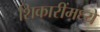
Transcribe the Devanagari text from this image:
शिकारींमध्ये